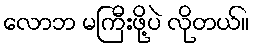
လောဘ မကြီးဖို့ပဲ လိုတယ်။